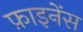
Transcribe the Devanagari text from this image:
फ़ाइनेंस